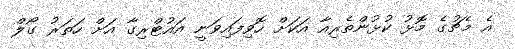
އެ މެޗުގެ މޮޅު ކުޅުންތެރިއާ އަކަށް ހޮވިފައިވަނީ އައުޓްރިގާ އަށް ހަަތަރު ގޯލް